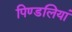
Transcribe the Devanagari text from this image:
पिण्डलियां